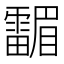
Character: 𱁤